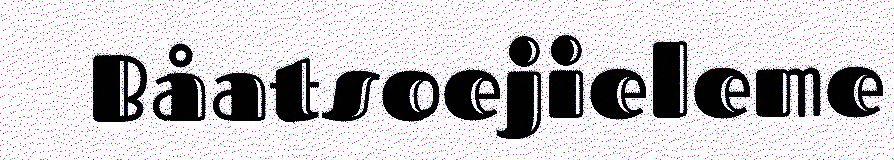
Båatsoejieleme